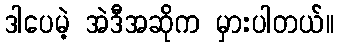
ဒါပေမဲ့ အဲဒီအဆိုက မှားပါတယ်။